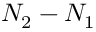
N _ { 2 } - N _ { 1 }